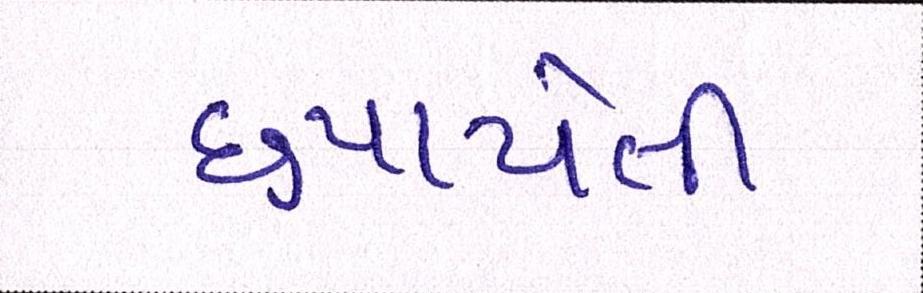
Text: છુપાયેલી